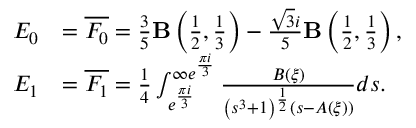
\begin{array} { r l } { E _ { 0 } } & { = \overline { { F _ { 0 } } } = \frac { 3 } { 5 } \mathbf { B } \left( \frac { 1 } { 2 } , \frac { 1 } { 3 } \right) - \frac { \sqrt { 3 } i } { 5 } \mathbf { B } \left( \frac { 1 } { 2 } , \frac { 1 } { 3 } \right) , } \\ { E _ { 1 } } & { = \overline { { F _ { 1 } } } = \frac { 1 } { 4 } \int _ { e ^ { \frac { \pi i } { 3 } } } ^ { \infty e ^ { \frac { \pi i } { 3 } } } \frac { B ( \xi ) } { \left( s ^ { 3 } + 1 \right) ^ { \frac { 1 } { 2 } } ( s - A ( \xi ) ) } d s . } \end{array}